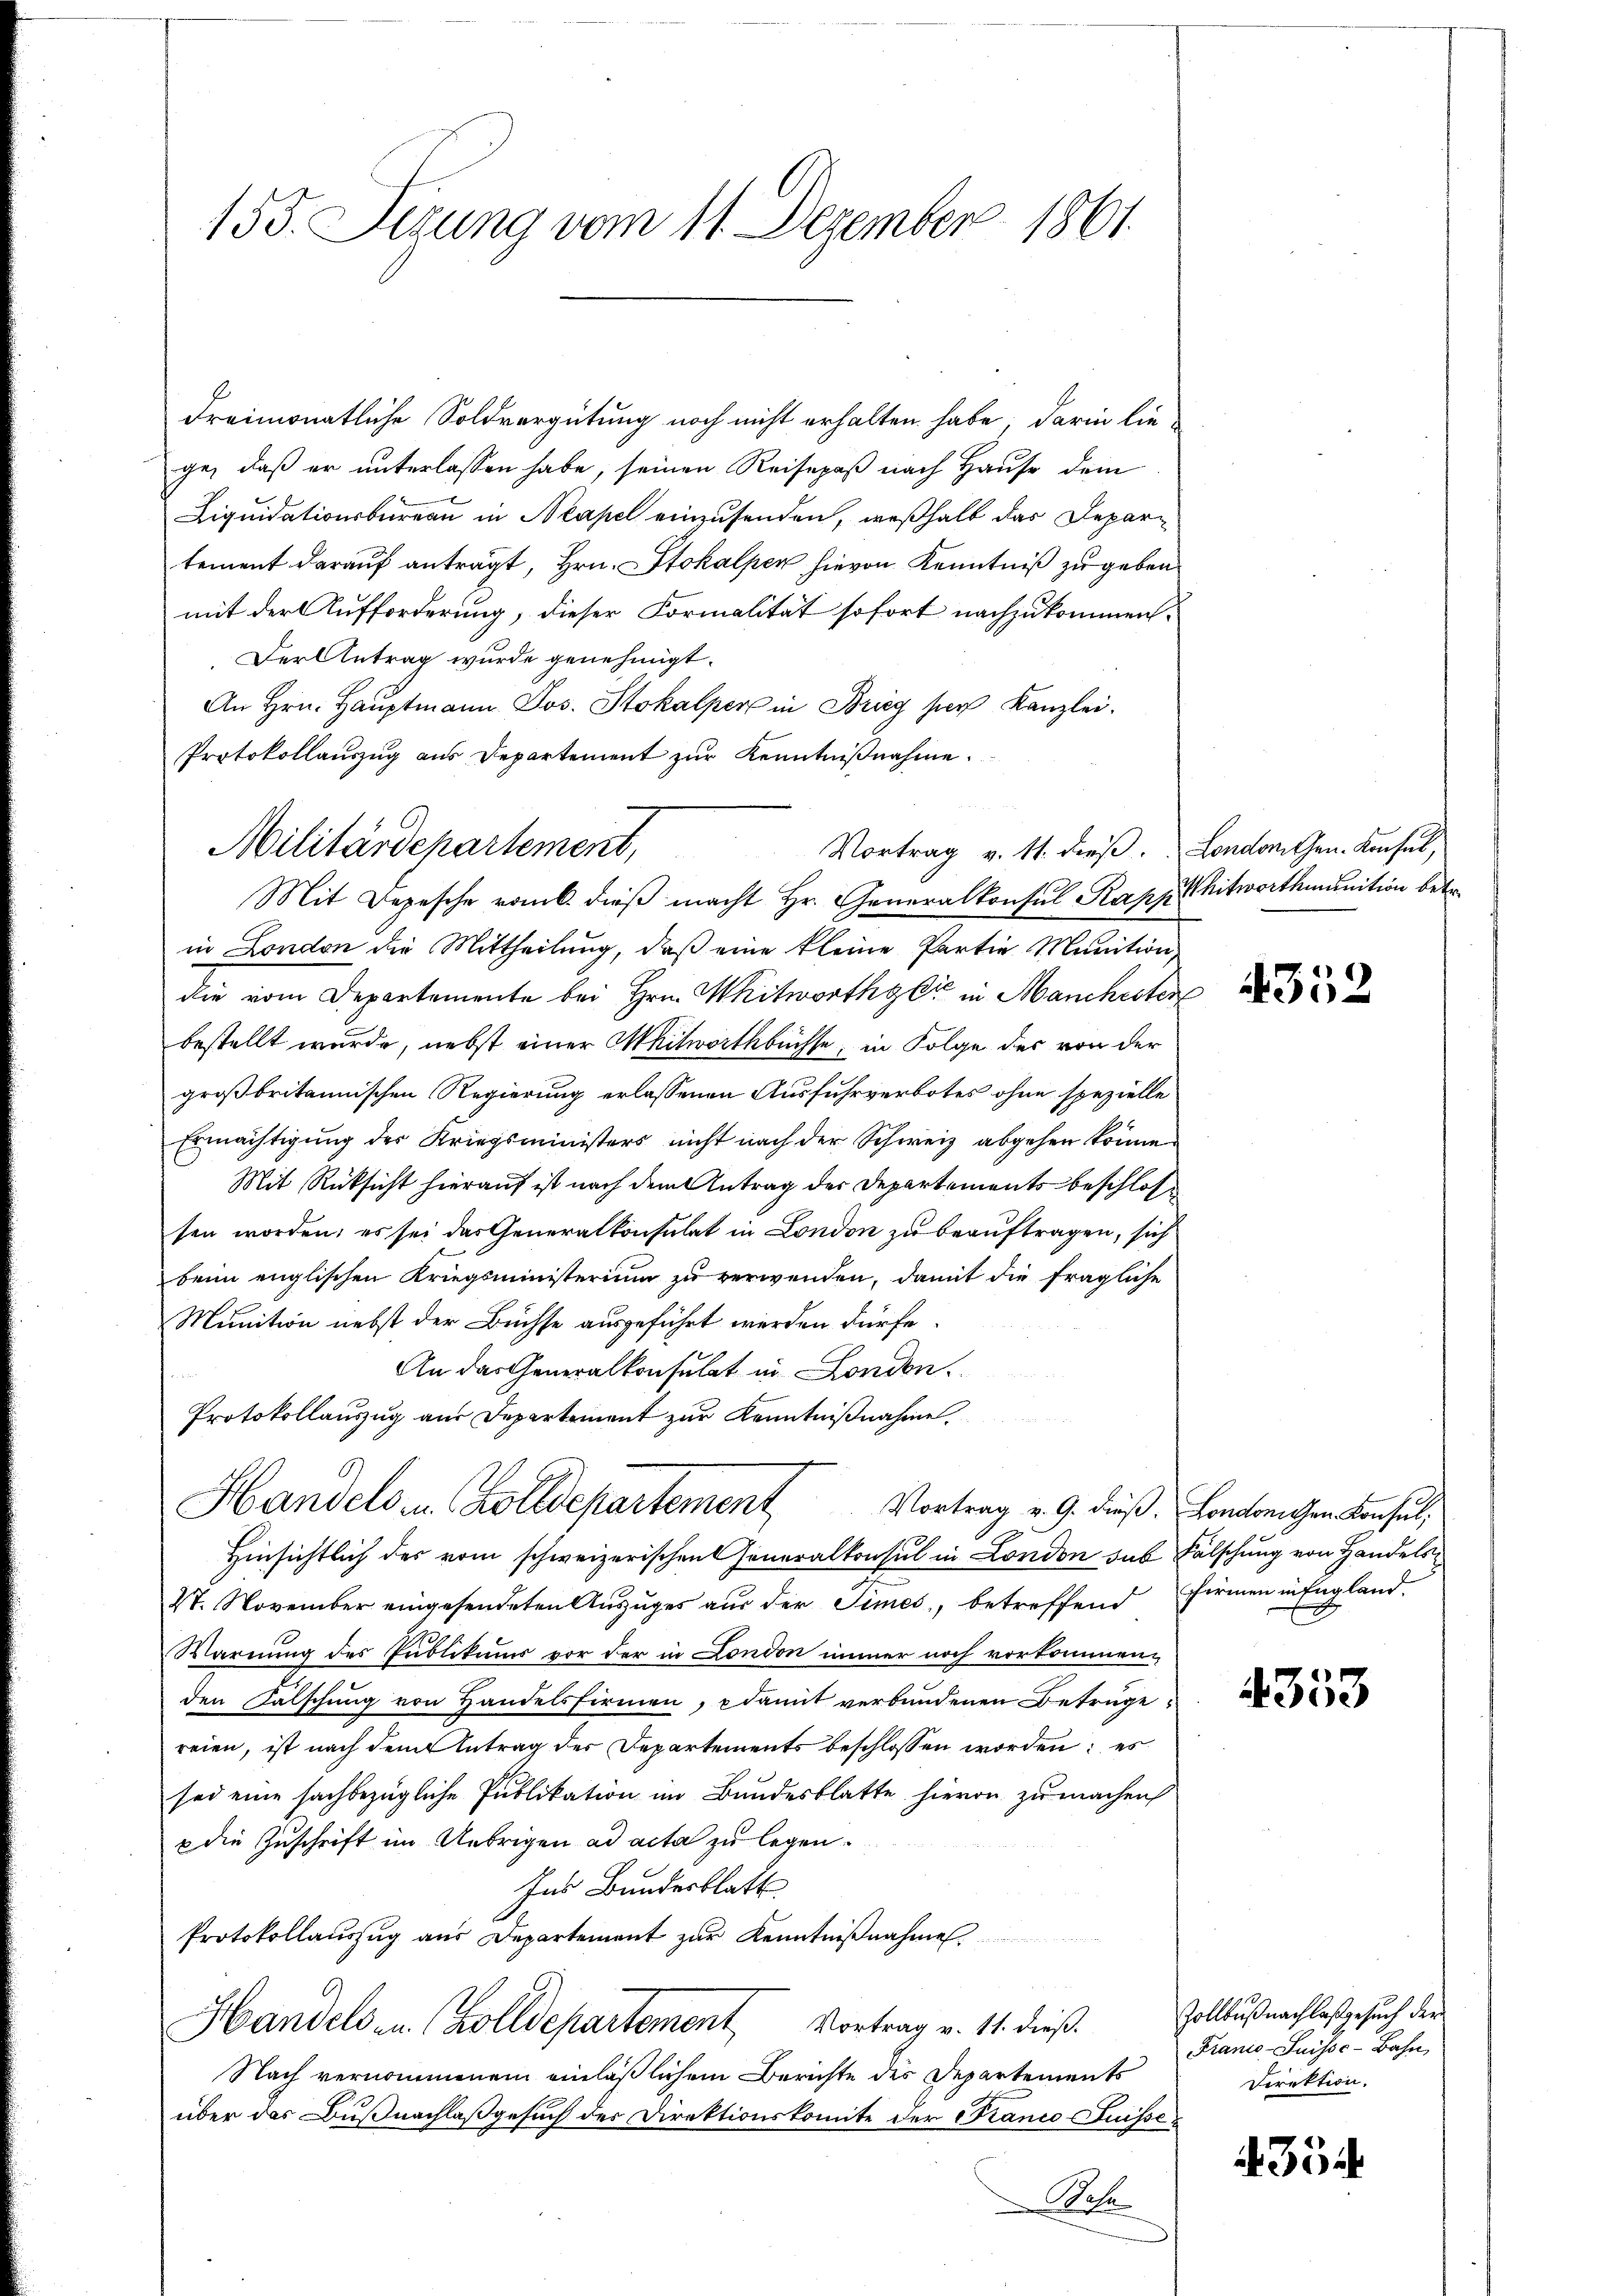
153. Sedung vom 11. Dezember 1861.

dreimonatliche Soldvergütung noch nicht erhalten habe; darin liege, daß er unterlassen habe, seinen Reisepaß nach Hause dem
Liquidationsbüreau in Neapel einzusenden, weßhalb das Departement darauf antragt, Hrn. Stokalper hievon Kenntniß zu geben
mit der Aufforderung, dieser Formalität sofort nachzukommen.
Der Antrag wurde genehmigt.
An Hrn. Hauptmann Jos. Stokalper in Briey per Kanzlei.
Protokollauszug aus Departement zur Kenntnißnahme.
Mit Depesche romb. dieβ macht Hr. Generalkonsul Kapphitwortmunition betr.
in London die Mittheilŭng, daβ eine kleine Partie Munition
die vom Departemente bei Hrn. Mitworthie in Manchester
bestellt wurde, nebst einer Mitworthbüchse, in Folge des von der
großbritannischen Regierung erlassenen Ausfuhrverbotes ohne spezielle
Ermächtigung der Kriegsministers nicht nach der Schweiz abgehen können
Mit Rücksicht hierauf ist nach dem Antrag der Departements beschlos
sen worden; es sei das Generalkonsulat in London zu beauftragen, sich
beim englischen Kriegsministerium zu verwenden, damit die fragliche
Munition nebst der Büchse ausgeführt werden dürfe.
An das Generalkonsulat in London.
Protokollauszug aus Departement zur Kenntnißnahme.
Handels in Zolldepartement
Vortrag v. 9. dieß. Londonigen Konsul,
Hinsichtlich des vom schweizerischen Generalkonsul in London sub Fälschung von Handels¬
27. November eingesendeten Auszuges aus der Simes, betreffend Firmen in England.
Warnung des Publikums vor der in London immer noch vorkommen,
den Falschung von Handelsfirmen, damit verbundenen Betruge
reien, ist nach dem Antrag des Departements beschlossen worden: es
sei eine sachbezügliche Publikation im Bundesblatte hievon zu machen
p die Zuschrift im Uebrigen ad acta zu legen.
Ins Bundesblatt
Protokollaŭszŭg aŭs Departement zur Kenntniβnahmes
Handelsen Zolldepartement Vortrag v. 11. dieß.
Nach vernommenem einläßlichem Berichte des Departements
über das Dußnachlaßgesuch der Direktionskomite der Franco - Puisse
Pote

Militärdepartement,
Vortrag v. 11. dieß. London Gen. Konsul,

4352

4353

Zollbüßnachlaßgesuch der
Franco-Suisse-Bahn,
Direktion.

354